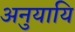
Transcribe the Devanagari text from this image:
अनुयायि